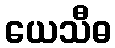
ယေသီဓ